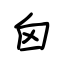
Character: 囟